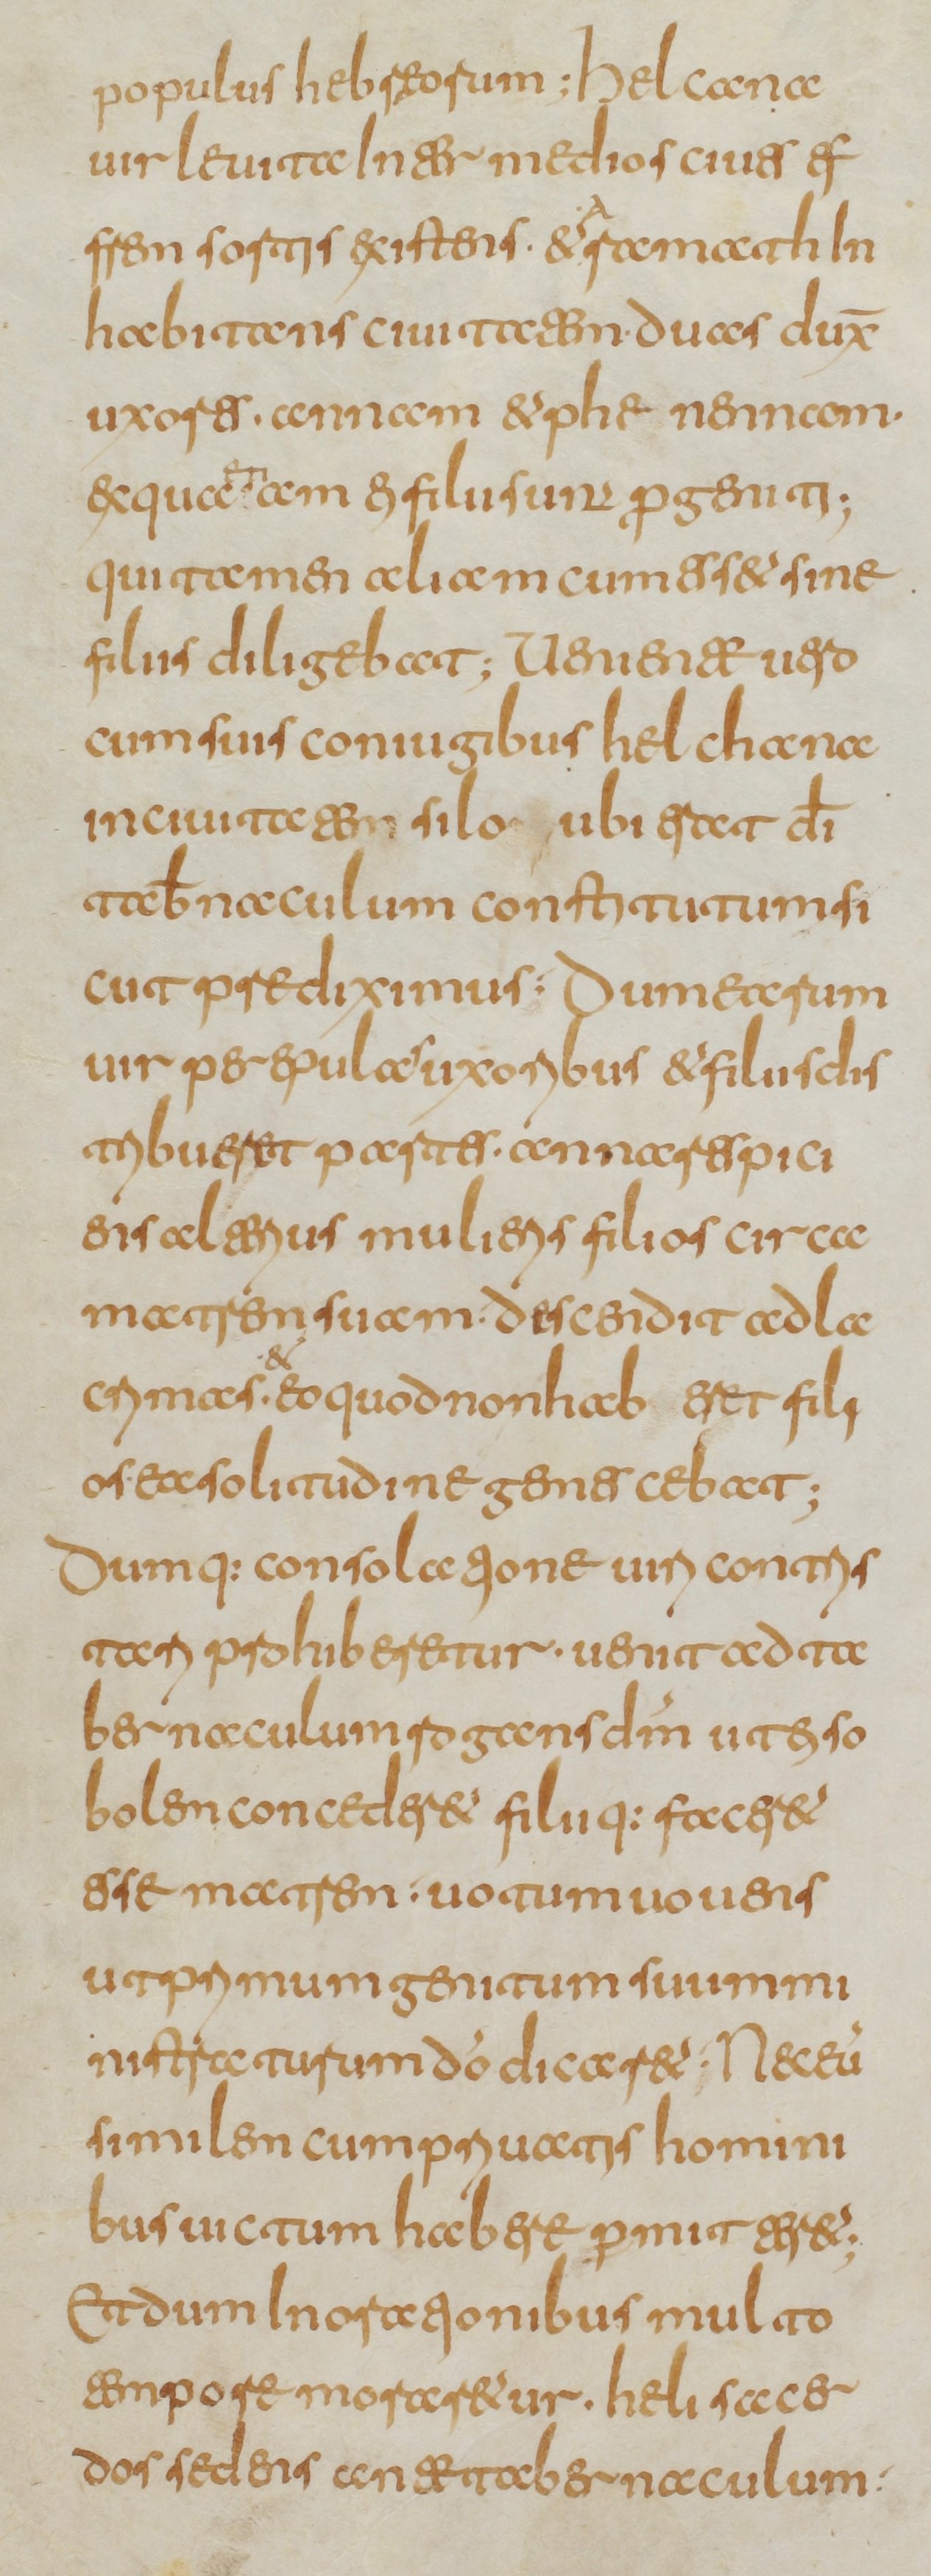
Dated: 800–849